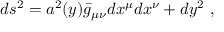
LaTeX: d s ^ { 2 } = a ^ { 2 } ( y ) \bar { g } _ { \mu \nu } d x ^ { \mu } d x ^ { \nu } + d y ^ { 2 } \ ,